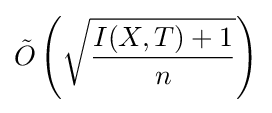
{\tilde {O}}\left({\sqrt {\frac {I(X,T)+1}{n}}}\right)